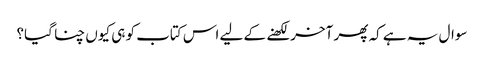
سوال یہ ہے کہ پھر آخر لکھنے کے لیے اس کتاب کو ہی کیوں چنا گیا؟